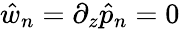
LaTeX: \hat{w}_{n}=\partial_{z}\hat{p}_{n}=0